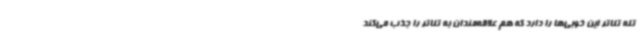
تله تئاتر این خوبی‌ها را دارد که هم علاقه‌مندان به تئاتر را جذب می‌کند